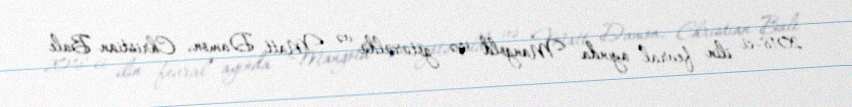
2018-ci ilin fevral ayında Mangold işə götürüldü və Matt Damon, Christian Bale